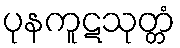
ပုနကူဋသုတ္တံ